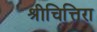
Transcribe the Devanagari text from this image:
श्रीचित्तिरा